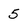
Character: 5